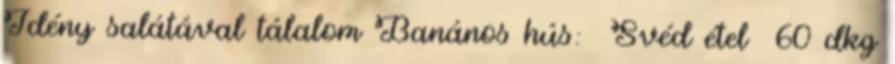
Idény salátával tálalom Banános hús: Svéd étel 60 dkg